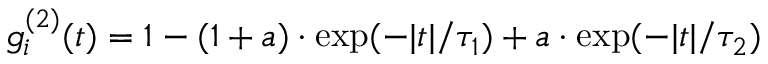
\mathfrak { g } _ { i } ^ { ( 2 ) } ( t ) = 1 - ( 1 + a ) \cdot \mathrm { e x p } ( - | t | / \tau _ { 1 } ) + a \cdot \mathrm { e x p } ( - | t | / \tau _ { 2 } )